Vaccine operations Central Provinces 1868-1885 - 1868-1885
Year: 1868
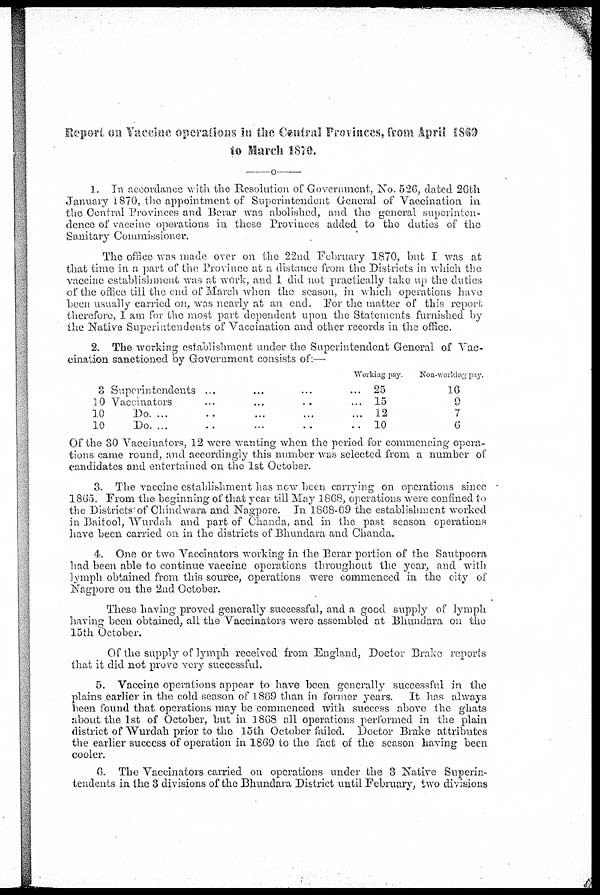
Report on Vaccine operations in the Central Provinces, from April 1869
to March 1870.
1. In accordance with the Resolution of Government, No. 526, dated 26th
January 1870, the appointment of Superintendent General of Vaccination in
the Central Provinces and Berar was abolished, and the general superinten-
dence of vaccine operations in these Provinces added to the duties of the
Sanitary Commissioner.
The office was made over on the 22nd February 1870, but I was at
that time in a part of the Province at a distance from the Districts in which the
vaccine establishment was at work, and I did not practically take up the duties
of the office till the end of March when the season, in which operations have
been usually carried on, was nearly at an end. For the matter of this report
therefore, I am for the most part dependent upon the Statements furnished by
the Native Superintendents of Vaccination and other records in the office.
2. The working establishment under the Superintendent General of Vac-
cination sanctioned by Government consists of:—
8 Superintendents ...
10 Vaccinators ...
10
Do. ...
10
Do. ...
Working pay.
25
15
12
10
Non-working pay.
16
9
7
6
Of the 30 Vaccinators, 12 were wanting when the period for commencing opera-
tions came round, and accordingly this number was selected from a number of
candidates and entertained on the 1st October.
3. The vaccine establishment has now been carrying on operations since
1865. From the beginning of that year till May 1868, operations were confined to
the Districts of Chindwara and Nagpore. In 1868-69 the establishment worked
in Baitool, Wurdah and part of Chanda, and in the past season operations
have been carried on in the districts of Bhundara and Chanda.
4. One or two Vaccinators working in the Berar portion of the Sautpoora
had been able to continue vaccine operations throughout the year, and with
lymph obtained from this source, operations were commenced in the city of
Nagpore on the 2nd October.
These having proved generally successful, and a good supply of lymph
having been obtained, all the Vaccinators were assembled at Bhundara on the
15th October.
Of the supply of lymph received from England, Doctor Brake reports
that it did not prove very successful.
5. Vaccine operations appear to have been generally successful in the
plains earlier in the cold season of 1869 than in former years. It has always
been found that operations may be commenced with success above the ghats
about the 1st of October, but in 1868 all operations performed in the plain
district of Wurdah prior to the 15th October failed. Doctor Brake attributes
the earlier success of operation in 1869 to the fact of the season having been
cooler.
6. The Vaccinators carried on operations under the 3 Native Superin-
tendents in the 3 divisions of the Bhundara District until February, two divisions